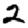
Digit: 2